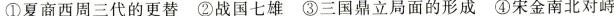
①夏商西周三代的更替 ②战国七雄 ③三国鼎立局面的形成 ④宋金南北对峙